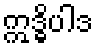
ဣဒ္ဓိပါဒ